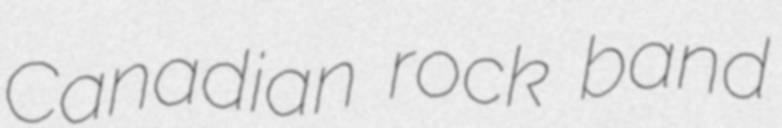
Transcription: Canadian rock band